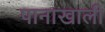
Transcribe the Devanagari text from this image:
पानाखाली